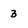
Character: 3